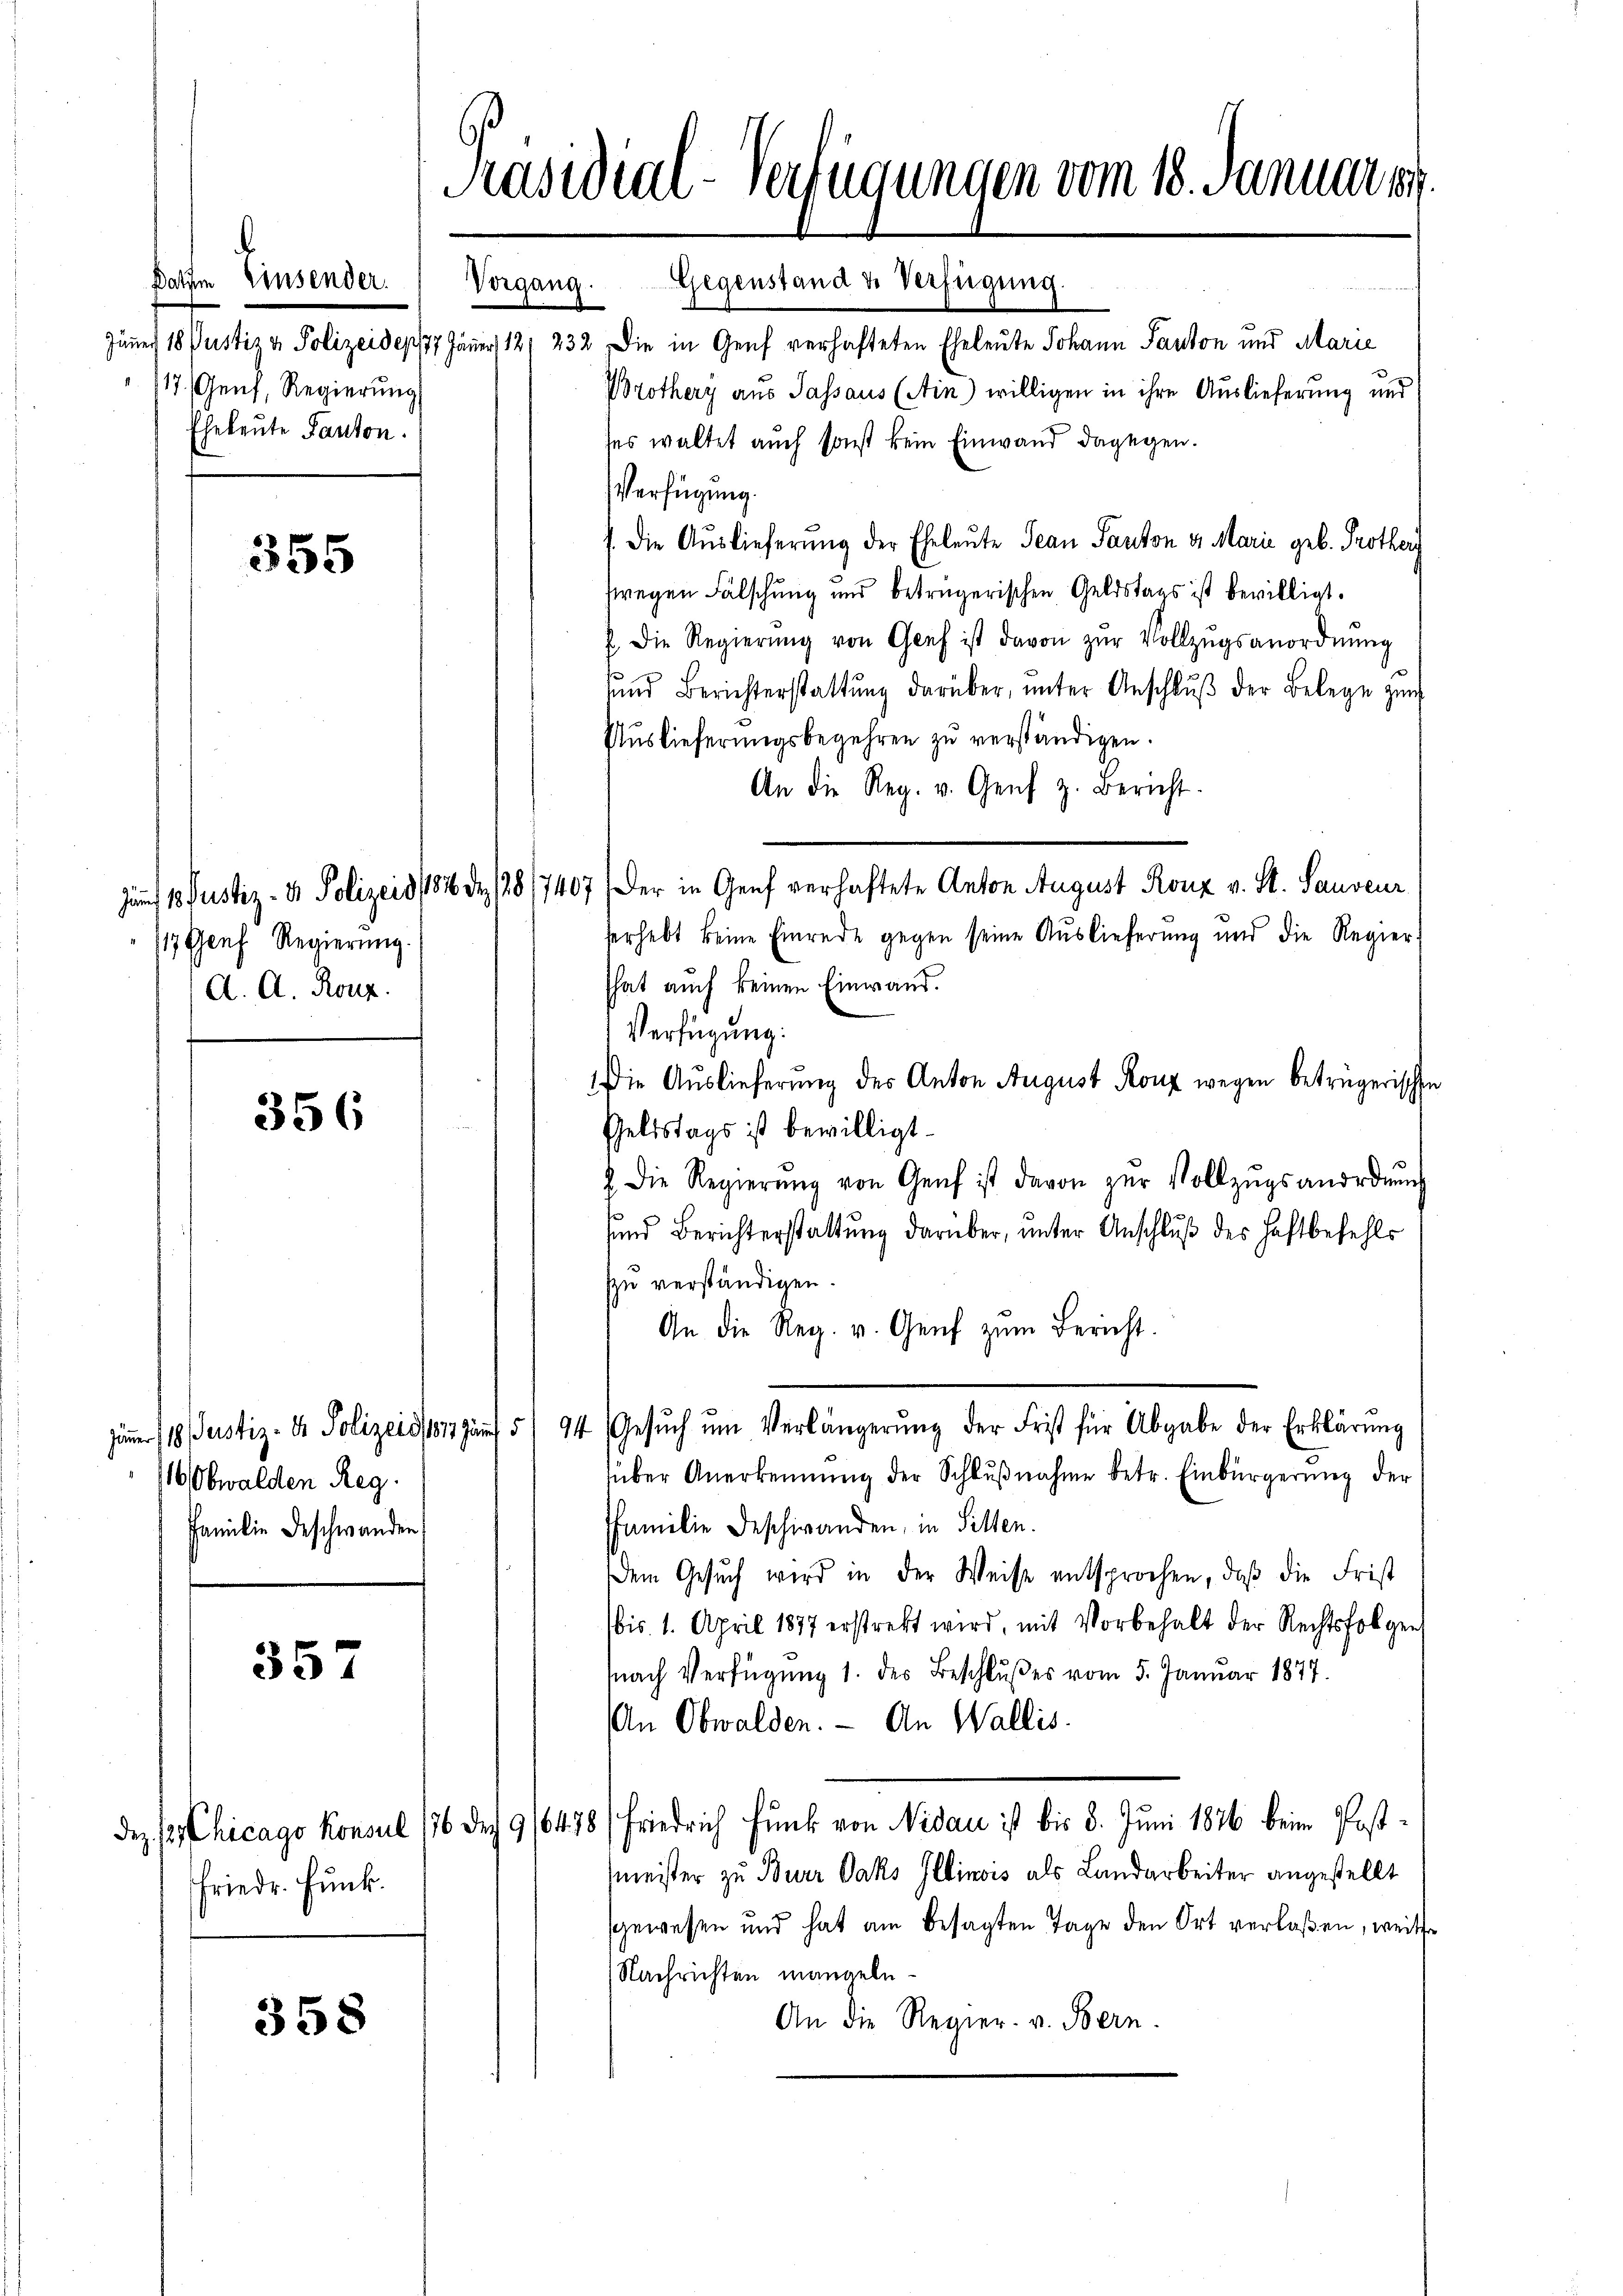
Präsidial-Verfügungen vom 18. Januar 189

Gegenstand & Verfügung.
Jäner 18 Pustiz & Polizeidep177. Jäner 181 232. Die in Genf verhafteten Eheleute Johann Santon und Marie
Brothery aus Passaus (Ain) willigen in ihre Auslieferung und
ses waltet auch sonst kein Einwand dagegen.
Verfügung.
J. Die Auslieferung der Eheleute Jean Panton v. Marie geb. Protherg
sregen Fälschung und betrügerischen Geldstags ist bewilligt.
. die Regierŭng von Genf ist davon zŭr Vollzŭgsanordnŭng
sŭnd Berichterstattŭng darüber, ŭnter Anschlŭβ der Belege zŭr
Auslieferungsbegehren zŭ verständigen.
An die Reg. v. Genf z. Bericht.
Juf 1. Justiz- & Polizeid/182 d 28/7407. Der in Genf verhaftete Anton August Ronz v. St. Sauveur
herhebt keine Einrede gegen seine Auslieferung und die Regier-
That auch keinen Einwand.
Verfügung:
Die Auslieferung des Anton August Rouz wegen betrügerischen
Geldstags ist bewilligt.
& Die Regierŭng von Genf ist davon zŭr Vollzŭgsanordnŭng
sund Berichterstattung darüber, unter Anschluß des Haftbefehls
zu verständigen.
An die Reg. v. Genf zŭm Bericht.
Jänner 118. Justiz- & Polizeide auf 5 94 Gesŭch ŭm Verlängerŭng der Frist für Abgabe der Erklärung
über Anerkennung der Schlußnahme betr. Einbürgerung der
familie Beschwanden, in Sitten.
Dem Gesŭch wird in der Weise entsprochen, daß die Frist
bis 1. April 1877 erstrebt wird, mit Vorbehalt der Rechtsfolgen
(nach Verfügung 1. des Beschlußes vom 5. Januar 1877.
An Obwalden. - An Wallis.
Dez. 12. Chicago Konsul 176 des 9/6478) Friedrich Funk von Nidau ist bis 5. Juni 1876 beim Post-
Mmeister zu Burr Paks Illinois als Landarbeiter angestellt
sgewesen und hat am besagten Tage den Ort verlaßen, weile
Nachrichten mangeln
An die Regier. v. Bern.

Batten Einsender
117. Genf, Regierung
Eheleute Panton.

Vorgang.

355

1 Genf Regierung.
A. A. Rouz.

356

1 Obwalden Reg.
Familie Beschwanden

357

friedr. Funk

358